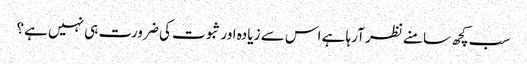
سب کچھ سامنے نظر آرہا ہے اس سے زیادہ اور ثبوت کی ضرورت ہی نہیں ہے؟